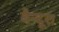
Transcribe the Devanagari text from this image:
बैन्दूरा